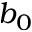
b _ { 0 }